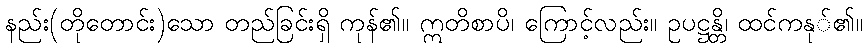
နည်း(တိုတောင်း)သော တည်ခြင်းရှိ ကုန်၏။ ဣတိစာပိ၊ ကြောင့်လည်း။ ဥပဋ္ဌန္တိ၊ ထင်ကနု်၏။